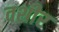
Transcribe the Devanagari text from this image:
वशीर